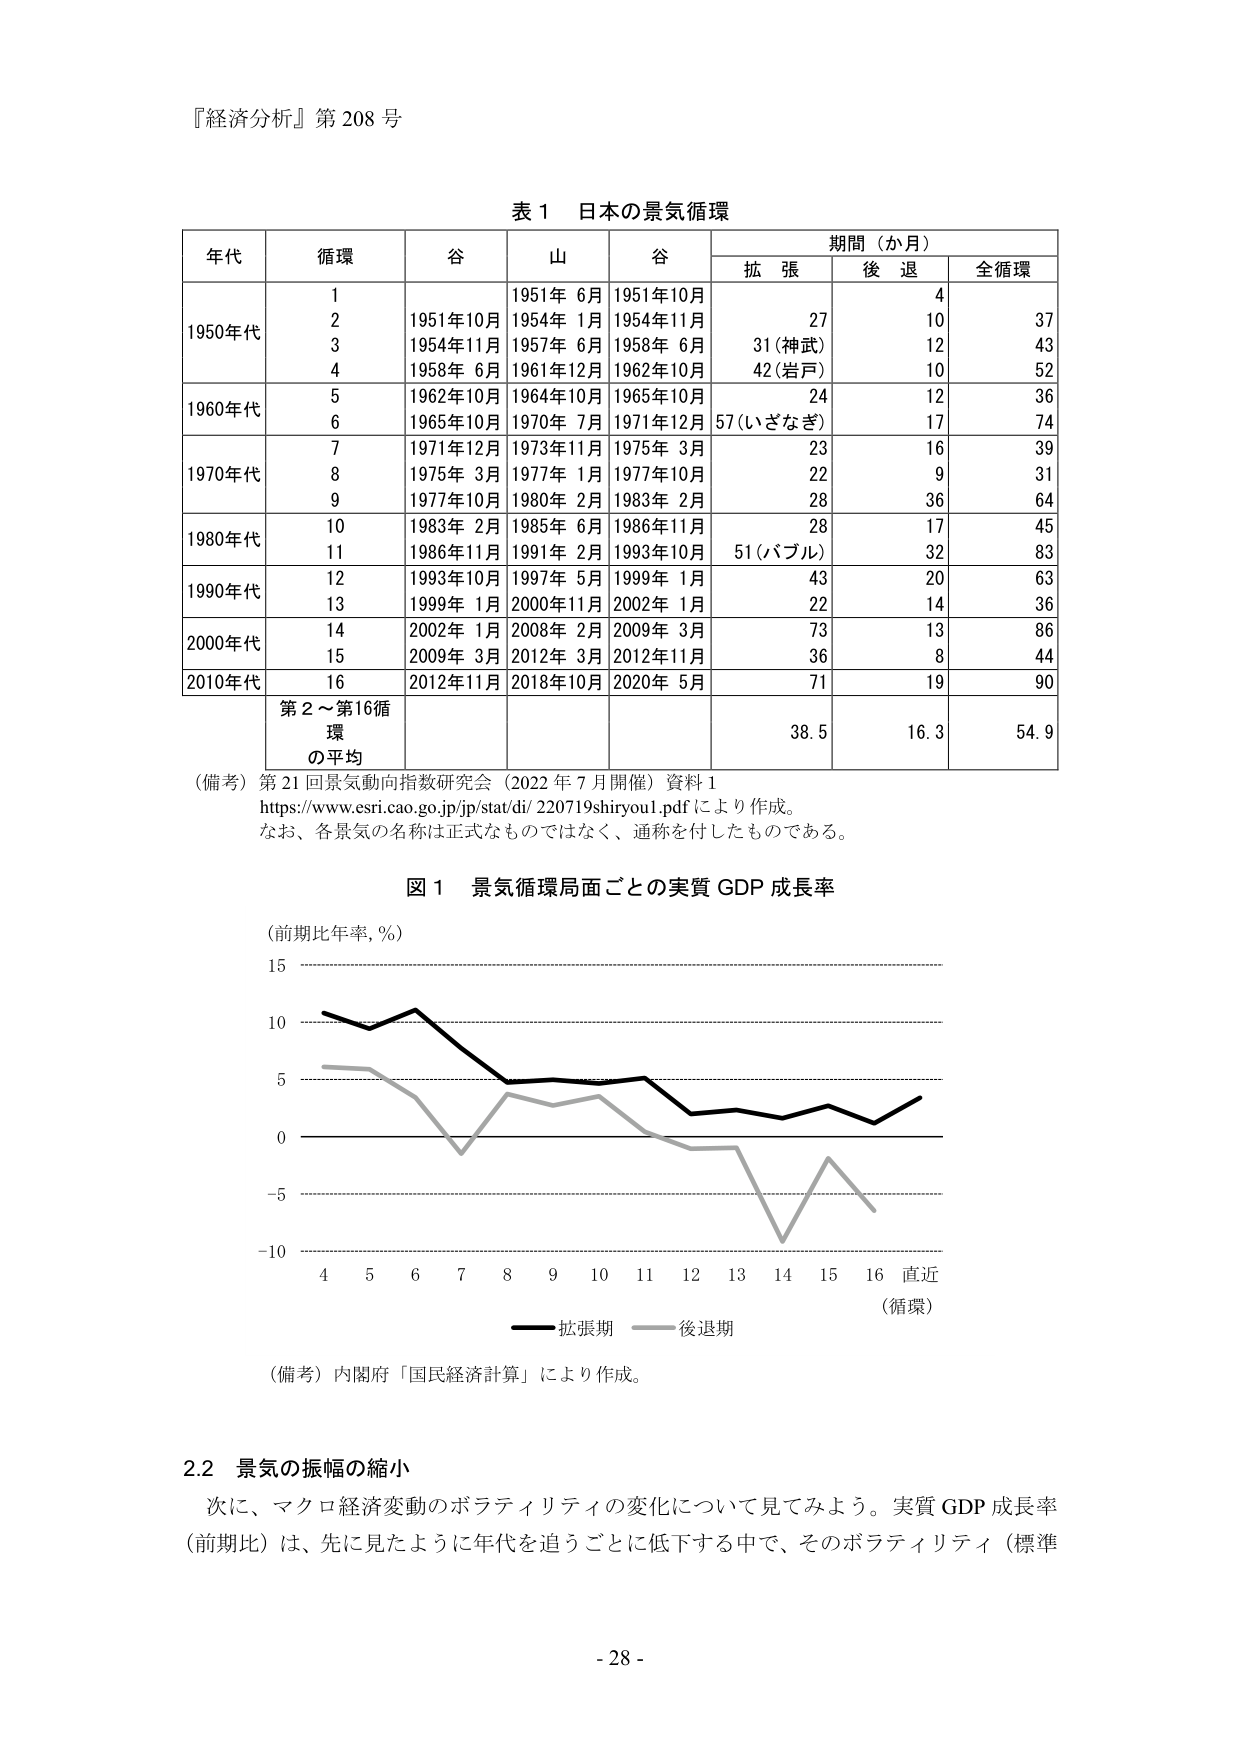
『経済分析』第 208 号

表 1 日本の景気循環

年代 循環 谷 山 谷 期間（か月）
　　　　　　　　　　　　　　　拡張 後退 全循環

1950年代
1 1951年10月 1951年 6月 1951年10月 4 37
2 1954年11月 1954年 1月 1954年11月 27 10 37
3 1958年 6月 1957年 6月 1958年 6月 31（神武） 12 43
4 1961年12月 1962年10月 42（岩戸） 10 52

1960年代
5 1962年10月 1964年10月 1965年10月 24 12 36
6 1965年10月 1970年 7月 1971年12月 57（いざなぎ） 17 74

1970年代
7 1971年12月 1973年11月 1975年 3月 23 16 39
8 1975年 3月 1977年 1月 1977年10月 22 9 31
9 1977年10月 1980年 2月 1983年 2月 28 36 64

1980年代
10 1983年 2月 1985年 6月 1986年11月 28 17 45
11 1986年11月 1991年 2月 1993年10月 51（バブル） 32 83

1990年代
12 1993年10月 1997年 5月 1999年 1月 43 20 63
13 1999年 1月 2000年11月 2002年 1月 22 14 36

2000年代
14 2002年 1月 2008年 2月 2009年 3月 73 13 86
15 2009年 3月 2012年 3月 2012年11月 36 8 44

2010年代
16 2012年11月 2018年10月 2020年 5月 71 19 90

第2～第16循環の平均 38.5 16.3 54.9

（備考）第21回景気動向指数研究会（2022年7月開催）資料1
https://www.esri.cao.go.jp/jp/stat/di/220719shiryou1.pdfにより作成。
なお、各景気の名称は正式なものではなく、通称を付したものである。

図1 景気循環局面ごとの実質GDP成長率
（前期比年率，％）
15
10
5
0
-5
-10
4 5 6 7 8 9 10 11 12 13 14 15 16 直近
（循環）
―― 拡張期 ―― 後退期

（備考）内閣府「国民経済計算」により作成。

2.2 景気の振幅の縮小
次に、マクロ経済変動のボラティリティの変化について見てみよう。実質GDP成長率（前期比）は、先に見たように年代を追うごとに低下する中で、そのボラティリティ（標準

- 28 -